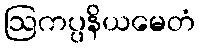
ဩကပ္ပနိယမေတံ